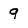
Character: 9